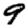
Digit: 9